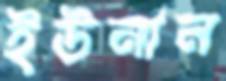
ইউনান